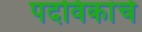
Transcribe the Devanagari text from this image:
पदविकांचे